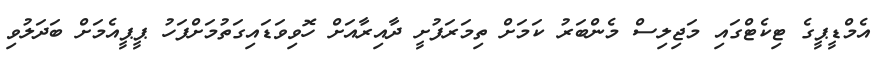
އެމްޑީޕީގެ ޓިކެޓްގައި މަޖިލިސް މެންބަރު ކަމަށް ތިމަރަފުށީ ދާއިރާއަށް ހޮވިވަޑައިގަތުމަށްފަހު ޕީޕީއެމަށް ބަދަލުވި